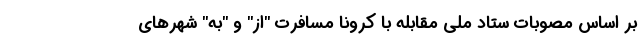
بر اساس مصوبات ستاد ملی مقابله با کرونا مسافرت "از" و "به" شهر‌های